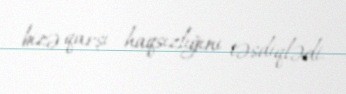
bizə qarşı haqsızlığını təsdiqlədi.